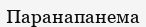
Паранапанема